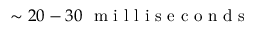
\sim 2 0 - 3 0 \ \mathrm { ~ m ~ i ~ l ~ l ~ i ~ s ~ e ~ c ~ o ~ n ~ d ~ s ~ }